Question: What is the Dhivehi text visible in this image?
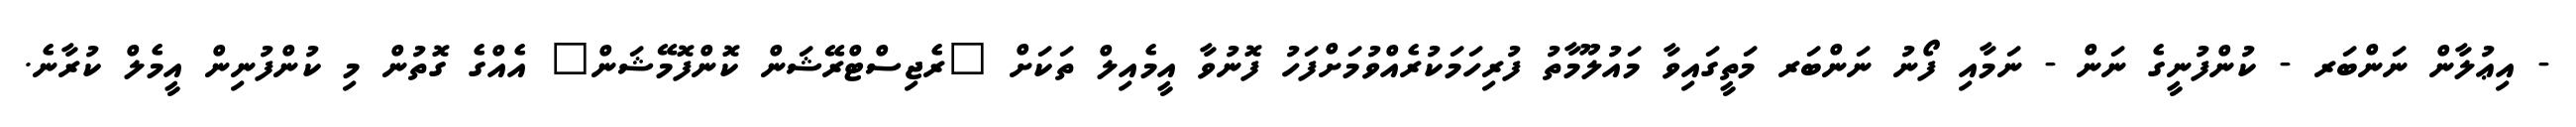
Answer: - އިޢުލާން ނަންބަރ - ކުންފުނީގެ ނަން - ނަމާއި ފޯނު ނަންބަރ މަތީގައިވާ މައުލޫމާތު ފުރިހަމަކުރެއްވުމަށްފަހު ފޮނުވާ އީމެއިލް ތަކަށް "ރެޖިސްޓްރޭޝަން ކޮންފޮމޭޝަން" އެއްގެ ގޮތުން މި ކުންފުނިން އީމެލް ކުރާނެ.